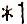
* 1